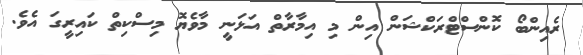
ރެއިންބޯ ކޮންސްޓްރަކްޝަން އިން މި އިމާރާތް އަޅަނީ މާވެޔޮ މިސްކިތް ކައިރީގަ އެވެ.